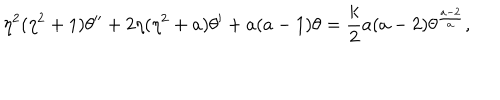
\eta ^ { 2 } ( \eta ^ { 2 } + 1 ) \theta ^ { \prime \prime } + 2 \eta ( \eta ^ { 2 } + a ) \theta ^ { \prime } + a ( a - 1 ) \theta = { \frac { k } { 2 } } a ( a - 2 ) \theta ^ { \frac { a - 2 } { a } } ,